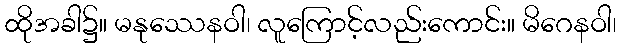
ထိုအခါ၌။ မနုဿေနဝါ၊ လူကြောင့်လည်းကောင်း။ မိဂေနဝါ၊